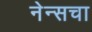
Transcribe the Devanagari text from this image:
नेन्सचा